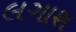
લગાશ